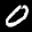
Label: 0